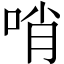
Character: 哨